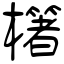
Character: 櫡